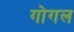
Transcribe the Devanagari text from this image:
गोगल